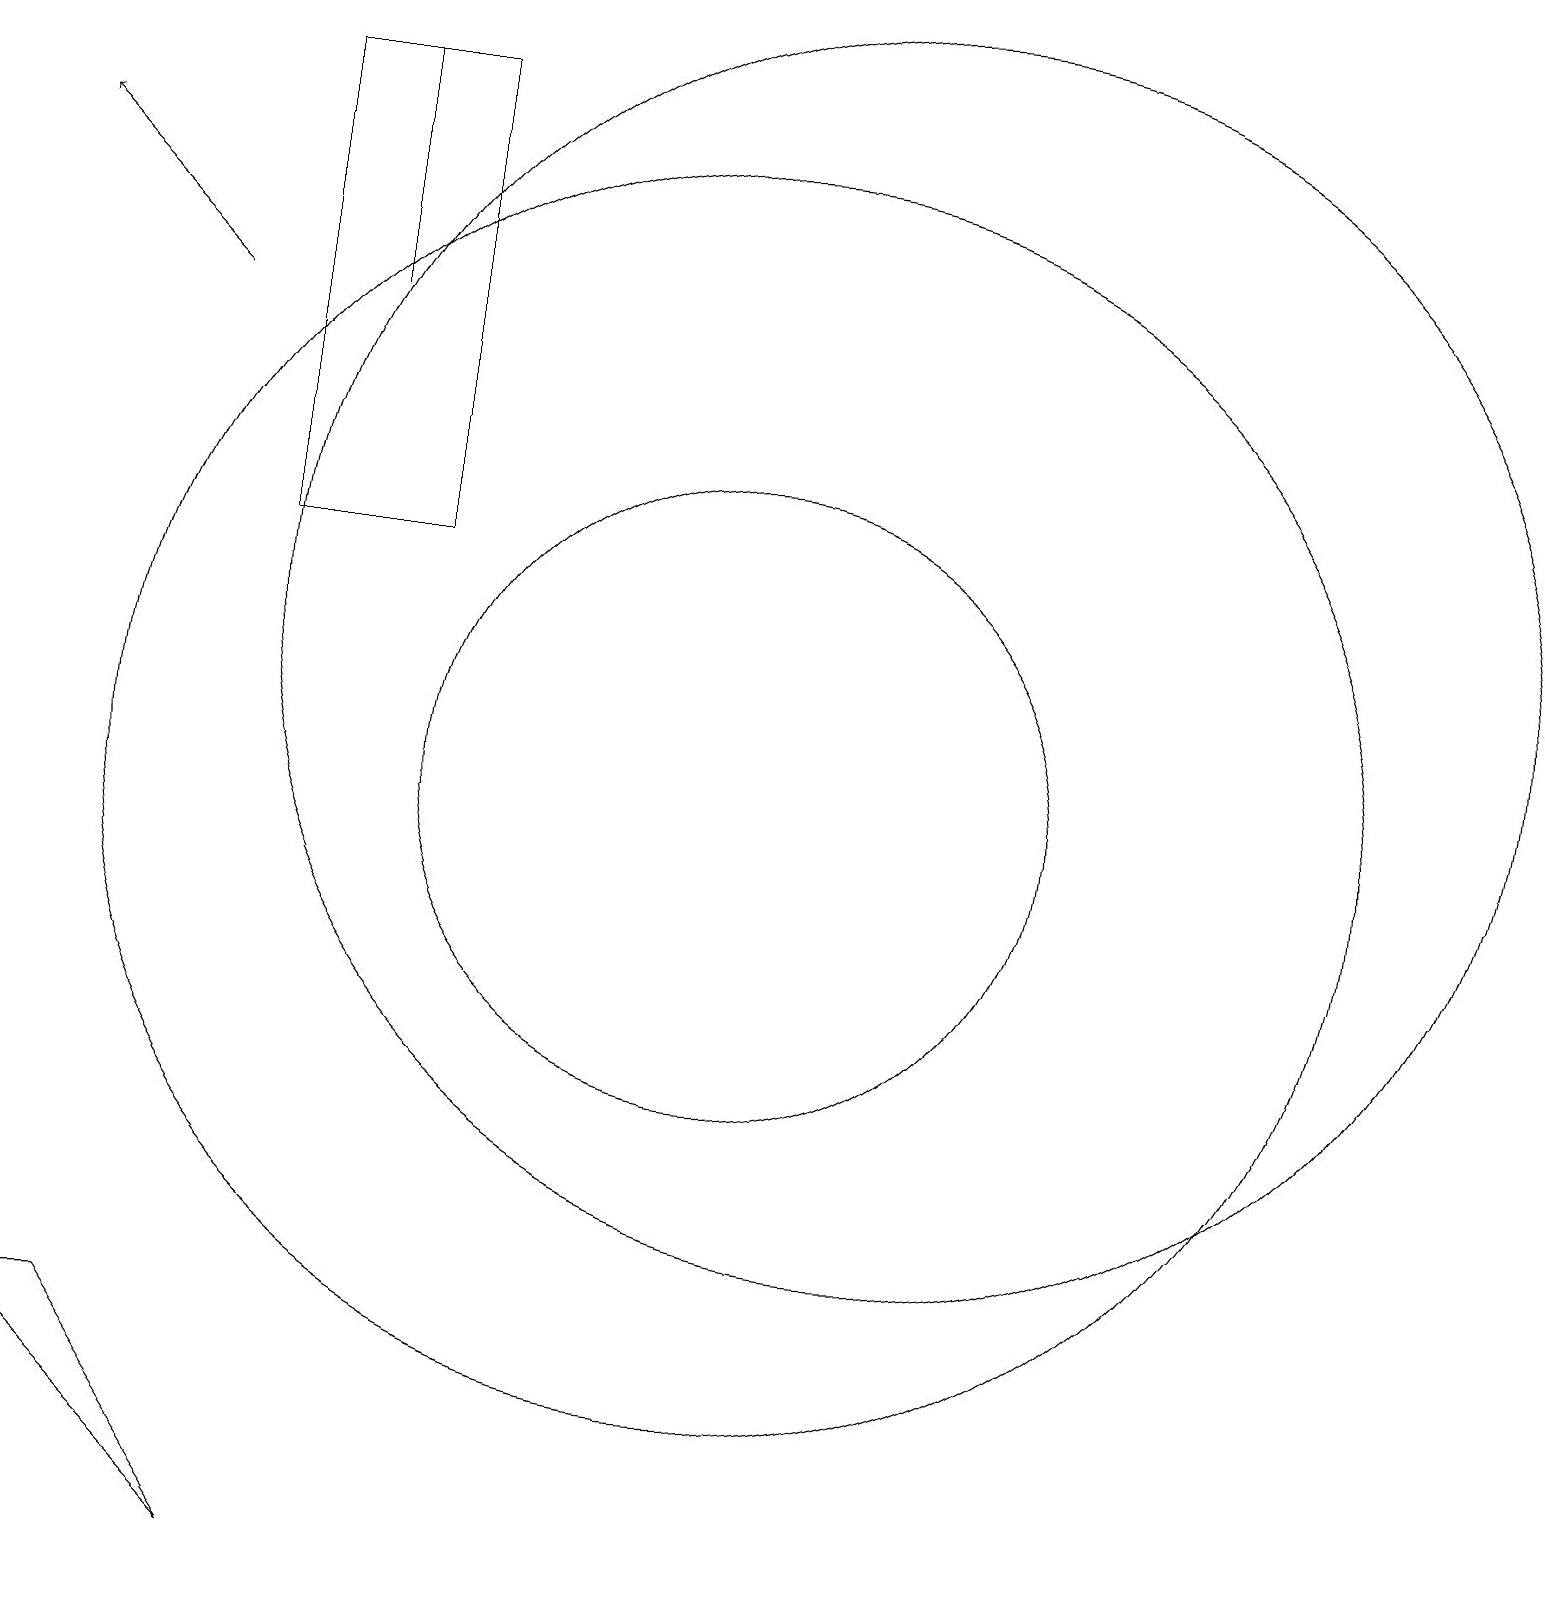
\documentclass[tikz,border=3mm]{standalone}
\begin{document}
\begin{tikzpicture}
\draw (10,10) circle (8);
\draw (5,19) rectangle (5,16);
\draw (6,19) rectangle (4,13);
\draw[->] (3,16) -- (1,18);
\draw (4,0) -- (2,3) -- (1,3) -- cycle;
\draw (10,10) circle (4);
\draw (12,12) circle (8);
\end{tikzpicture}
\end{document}